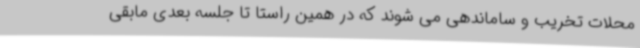
محلات تخریب و ساماندهی می شوند که در همین راستا تا جلسه بعدی مابقی